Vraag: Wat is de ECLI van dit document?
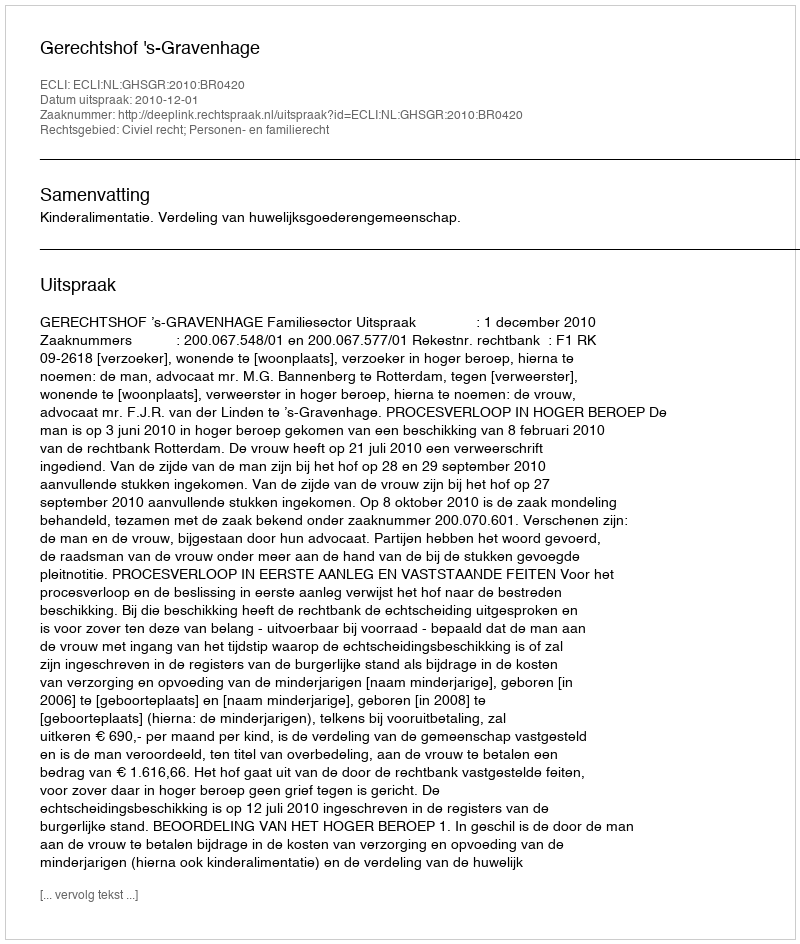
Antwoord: ECLI:NL:GHSGR:2010:BR0420